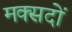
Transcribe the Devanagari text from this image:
मक्सदों